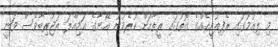
މި ލިއުމުގައި ރެފިއުޖީއެއްގެ ގޮތުގައި ރީތާއަށް ކުރެވުނު އޭނާގެ އަމިއްލަ ތަޖުރިބާވެސް ވަނީ